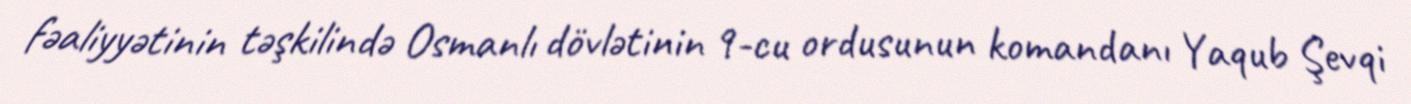
fəaliyyətinin təşkilində Osmanlı dövlətinin 9-cu ordusunun komandanı Yaqub Şevqi